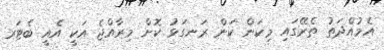
އެމުއްދަތު ތެރޭގައި މިކަން ކަން ރަނގަޅު ކޮށް މިރާއްޖެ އަކީ އެއީ ބެޓަރ